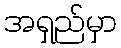
အရှည်မှာ